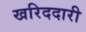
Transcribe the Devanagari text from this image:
खरिददारी